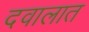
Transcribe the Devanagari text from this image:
दवालात